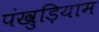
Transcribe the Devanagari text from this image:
पंखुड़ियाम